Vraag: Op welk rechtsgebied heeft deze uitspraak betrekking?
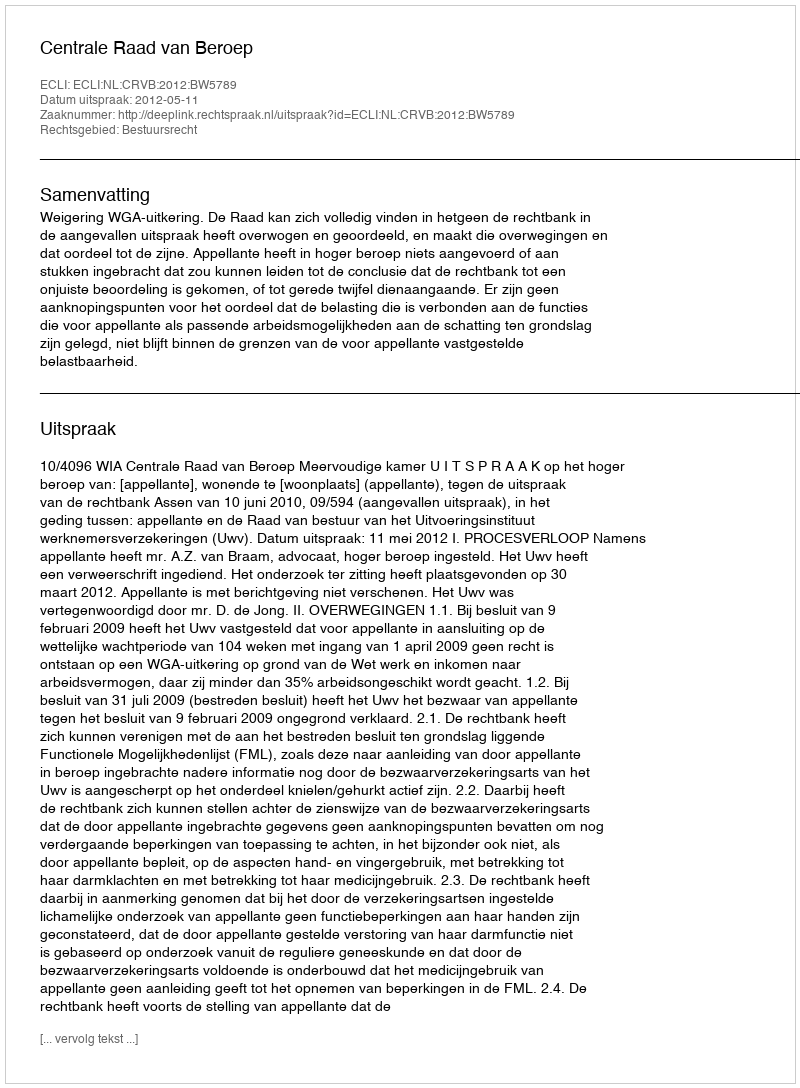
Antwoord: Bestuursrecht